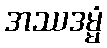
အဿဒမ္မံ